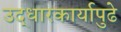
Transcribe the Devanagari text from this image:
उद्धारकार्यापुढे